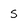
Character: s